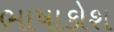
ભાષાકોશ